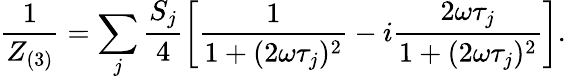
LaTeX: \frac{1}{Z_{(3)}}=\sum_{j}\frac{S_{j}}{4}\left[\frac{1}{1+(2\omega\tau_{j})^{2}}-i\frac{2\omega\tau_{j}}{1+(2\omega\tau_{j})^{2}}\right].